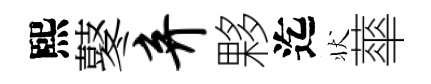
熙鼕弃夥迄状蕐